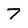
Character: 7